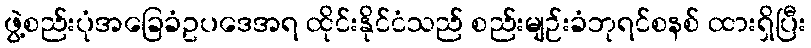
ဖွဲ့စည်းပုံအခြေခံဥပဒေအရ ထိုင်းနိုင်ငံသည် စည်းမျဉ်းခံဘုရင်စနစ် ထားရှိပြီး